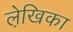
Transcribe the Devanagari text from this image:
ले़खिका